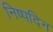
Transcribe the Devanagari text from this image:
निष्पदिन